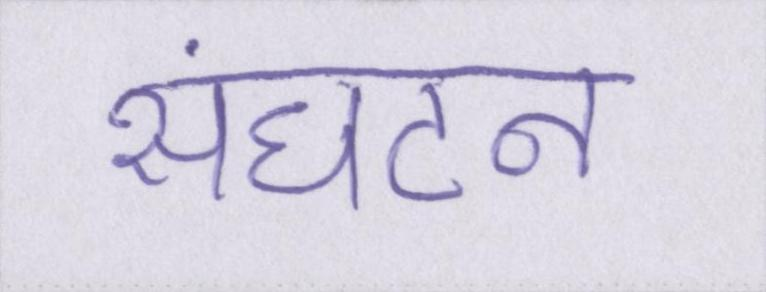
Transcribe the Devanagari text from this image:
संघटन